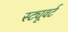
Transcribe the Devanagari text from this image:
स्ट्यूवर्ट